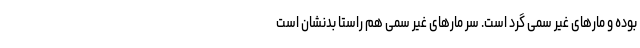
بوده و مارهای غیر سمی گرد است. سر مارهای غیر سمی هم راستا بدنشان است